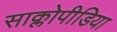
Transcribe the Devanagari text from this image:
साक्लोपीडिया